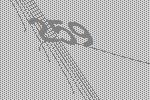
259